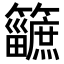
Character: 𥷿